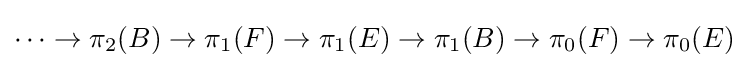
\dots \to \pi _{2}(B)\to \pi _{1}(F)\to \pi _{1}(E)\to \pi _{1}(B)\to \pi _{0}(F)\to \pi _{0}(E)